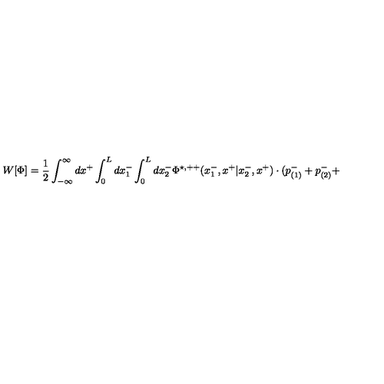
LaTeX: W [ { \Phi } ] = \frac { 1 } { 2 } \int _ { - \infty } ^ { \infty } d x ^ { + } \int _ { 0 } ^ { L } d x _ { 1 } ^ { - } \int _ { 0 } ^ { L } d x _ { 2 } ^ { - } { \Phi } ^ { \star , + + } ( x _ { 1 } ^ { - } , x ^ { + } | x _ { 2 } ^ { - } , x ^ { + } ) \cdot ( p _ { ( 1 ) } ^ { - } + p _ { ( 2 ) } ^ { - } +